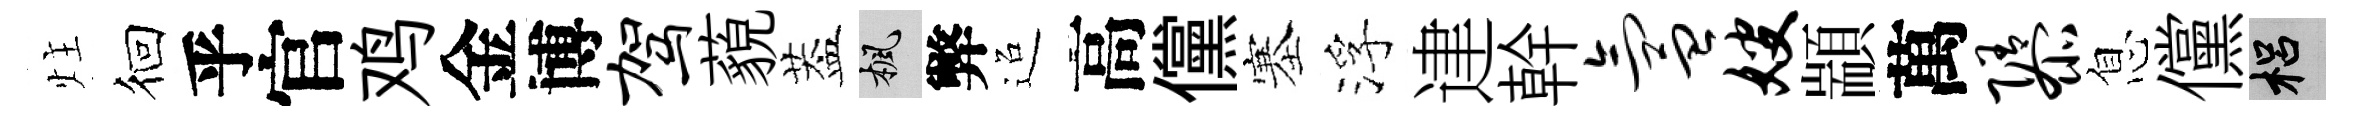
炷徊乎官鸡金博驾藐葢楓弊迢高儻塞浮䢖幹氲嫂顓萬隳息儻梠